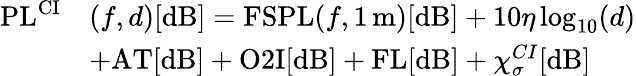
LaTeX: \begin{array}{rl}{\mathrm{PL^{CI}}}&{(f,d)[\mathrm{dB}]=\mathrm{FSPL}(f,\mathrm{1\, m})[\mathrm{dB}]+10\eta\log_{10}(d)}\\ &{+\mathrm{AT}[\mathrm{dB}]+\mathrm{O2I}[\mathrm{dB}]+\mathrm{FL}[\mathrm{dB}]+\chi_{\sigma}^{CI}[\mathrm{dB}]}\end{array}